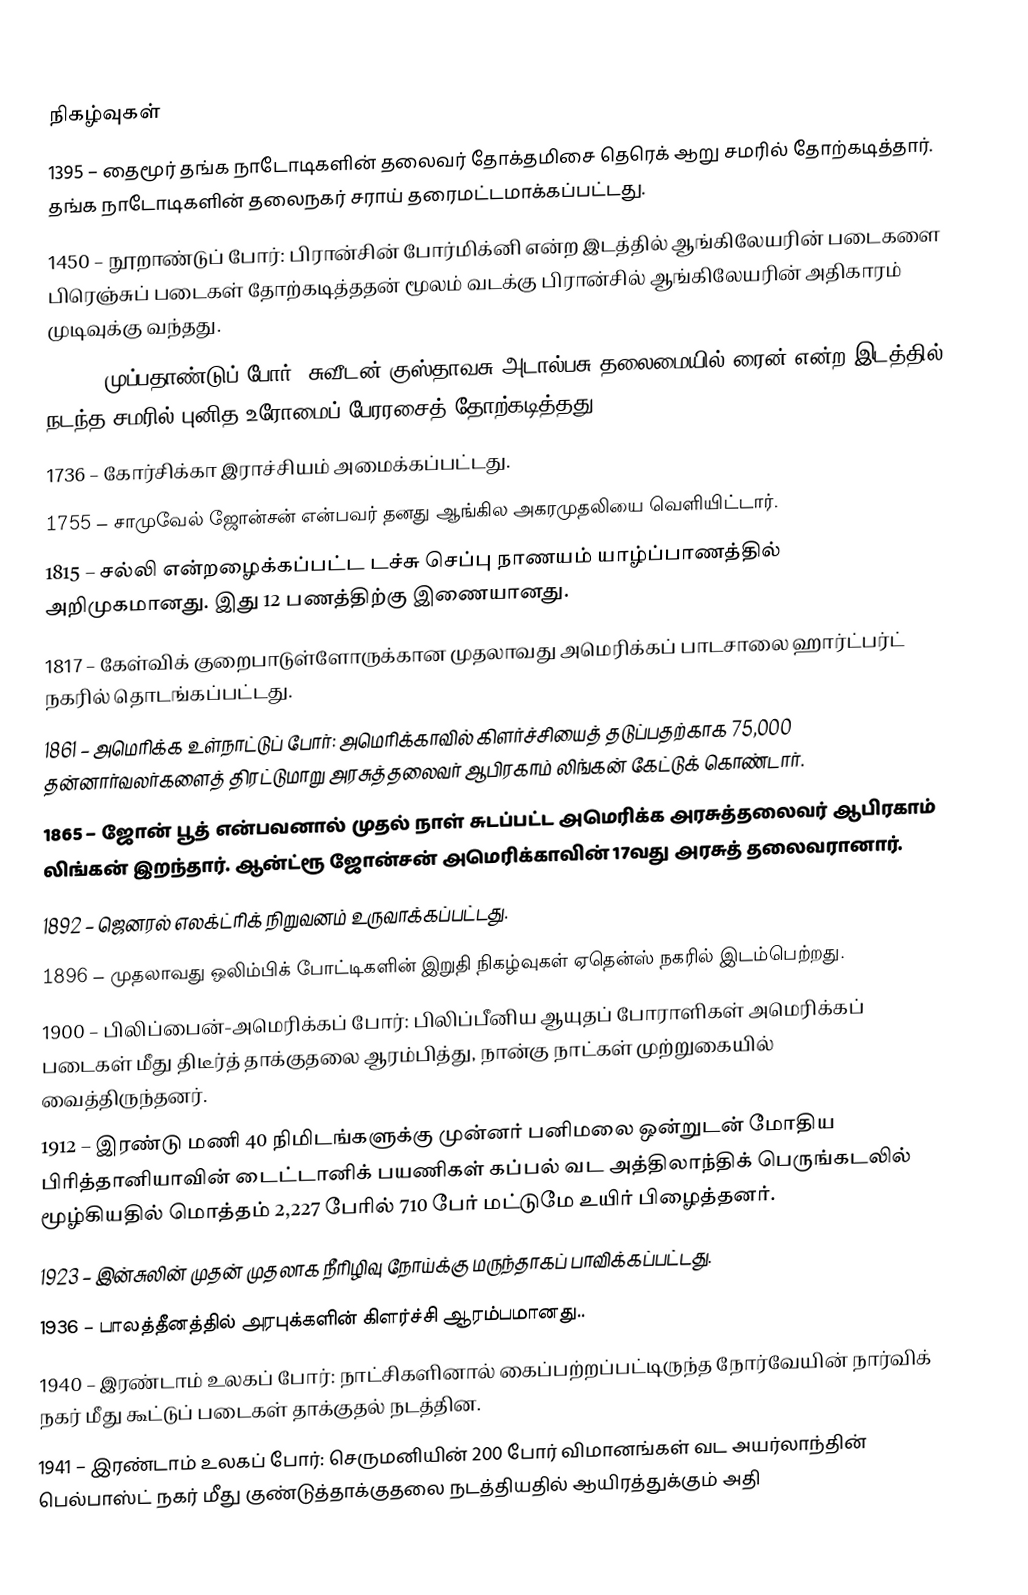

நிகழ்வுகள்
1395 – தைமூர் தங்க நாடோடிகளின் தலைவர் தோக்தமிசை தெரெக் ஆறு சமரில் தோற்கடித்தார். தங்க நாடோடிகளின் தலைநகர் சராய் தரைமட்டமாக்கப்பட்டது.
1450 – நூறாண்டுப் போர்: பிரான்சின் போர்மிக்னி என்ற இடத்தில் ஆங்கிலேயரின் படைகளை பிரெஞ்சுப் படைகள் தோற்கடித்ததன் மூலம் வடக்கு பிரான்சில் ஆங்கிலேயரின் அதிகாரம் முடிவுக்கு வந்தது.
1632 – முப்பதாண்டுப் போர்: சுவீடன் குஸ்தாவசு அடால்பசு தலைமையில் ரைன் என்ற இடத்தில் நடந்த சமரில்  புனித உரோமைப் பேரரசைத் தோற்கடித்தது.
1736 – கோர்சிக்கா இராச்சியம் அமைக்கப்பட்டது.
1755 – சாமுவேல் ஜோன்சன் என்பவர் தனது ஆங்கில அகரமுதலியை வெளியிட்டார்.
1815 – சல்லி என்றழைக்கப்பட்ட டச்சு செப்பு நாணயம் யாழ்ப்பாணத்தில் அறிமுகமானது. இது 12 பணத்திற்கு இணையானது.
1817 – கேள்விக் குறைபாடுள்ளோருக்கான முதலாவது அமெரிக்கப் பாடசாலை ஹார்ட்பர்ட் நகரில் தொடங்கப்பட்டது.
1861 – அமெரிக்க உள்நாட்டுப் போர்: அமெரிக்காவில் கிளர்ச்சியைத் தடுப்பதற்காக 75,000 தன்னார்வலர்களைத் திரட்டுமாறு அரசுத்தலைவர் ஆபிரகாம் லிங்கன் கேட்டுக் கொண்டார்.
1865 – ஜோன் பூத் என்பவனால் முதல் நாள் சுடப்பட்ட அமெரிக்க அரசுத்தலைவர் ஆபிரகாம் லிங்கன் இறந்தார். ஆன்ட்ரூ ஜோன்சன் அமெரிக்காவின் 17வது அரசுத் தலைவரானார்.
1892 – ஜெனரல் எலக்ட்ரிக் நிறுவனம் உருவாக்கப்பட்டது.
1896 – முதலாவது ஒலிம்பிக் போட்டிகளின் இறுதி நிகழ்வுகள் ஏதென்ஸ் நகரில் இடம்பெற்றது.
1900 – பிலிப்பைன்-அமெரிக்கப் போர்: பிலிப்பீனிய ஆயுதப் போராளிகள் அமெரிக்கப் படைகள் மீது திடீர்த் தாக்குதலை ஆரம்பித்து, நான்கு நாட்கள் முற்றுகையில் வைத்திருந்தனர்.
1912 – இரண்டு மணி 40 நிமிடங்களுக்கு முன்னர் பனிமலை ஒன்றுடன் மோதிய பிரித்தானியாவின் டைட்டானிக் பயணிகள் கப்பல் வட அத்திலாந்திக் பெருங்கடலில் மூழ்கியதில் மொத்தம் 2,227 பேரில் 710 பேர் மட்டுமே உயிர் பிழைத்தனர்.
1923 – இன்சுலின் முதன் முதலாக நீரிழிவு நோய்க்கு மருந்தாகப் பாவிக்கப்பட்டது.
1936 – பாலத்தீனத்தில் அரபுக்களின் கிளர்ச்சி ஆரம்பமானது..
1940 – இரண்டாம் உலகப் போர்: நாட்சிகளினால் கைப்பற்றப்பட்டிருந்த நோர்வேயின் நார்விக் நகர் மீது கூட்டுப் படைகள் தாக்குதல் நடத்தின.
1941 – இரண்டாம் உலகப் போர்: செருமனியின் 200 போர் விமானங்கள் வட அயர்லாந்தின் பெல்பாஸ்ட் நகர் மீது குண்டுத்தாக்குதலை நடத்தியதில் ஆயிரத்துக்கும் அதி